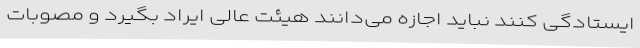
ایستادگی کنند نباید اجازه می‌دانند هیئت عالی ایراد بگیرد و مصوبات